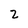
Character: 2